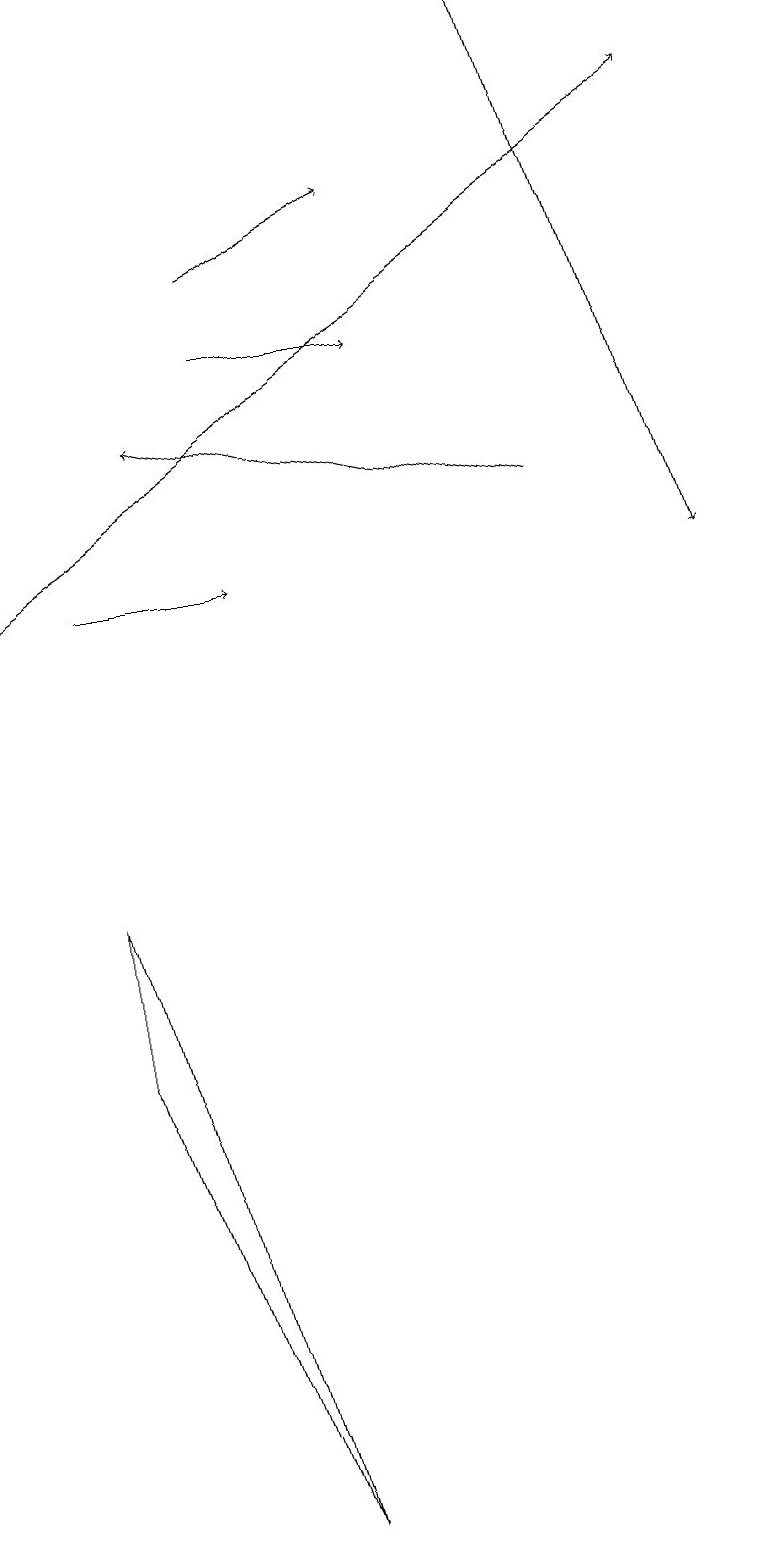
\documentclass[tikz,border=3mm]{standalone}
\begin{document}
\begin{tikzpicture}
\draw[->] (7,19) -- (9,12);
\draw[->] (3,15) -- (5,15);
\draw (3,0) -- (1,6) -- (1,8) -- cycle;
\draw[->] (3,16) -- (5,17);
\draw[->] (0,12) -- (9,18);
\draw[->] (1,12) -- (3,12);
\draw[->] (7,13) -- (2,14);
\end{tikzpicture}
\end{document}